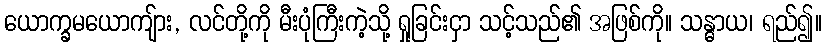
ယောက္ခမယောကျ်ား, လင်တို့ကို မီးပုံကြီးကဲ့သို့ ရှုခြင်းငှာ သင့်သည်၏ အဖြစ်ကို။ သန္ဓာယ၊ ရည်၍။